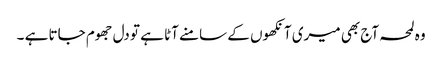
وہ لمحہ آج بھی میری آنکھوں کے سامنے آٹا ہے تو دل جھوم جاتا ہے ۔